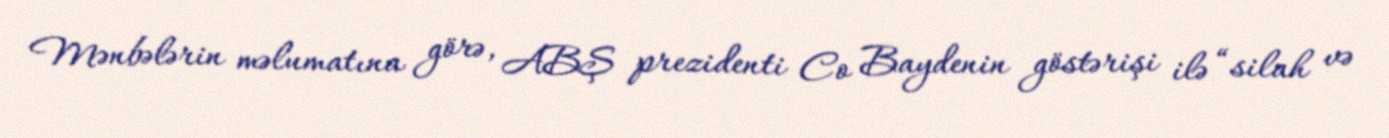
Mənbələrin məlumatına görə, ABŞ prezidenti Co Baydenin göstərişi ilə “silah və